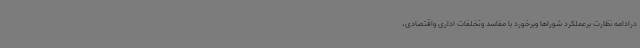
درادامه نظارت برعملکرد شوراها وبرخورد با مفاسد وتخلفات اداری واقتصادی،